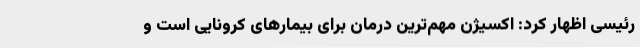
رئیسی اظهار کرد: اکسیژن مهم‌ترین درمان برای بیمارهای کرونایی است و